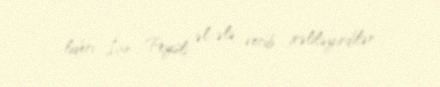
lideri İan Peysli əl-ələ verib irəliləyirdilər.